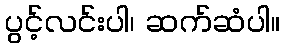
ပွင့်လင်းပါ၊ ဆက်ဆံပါ။